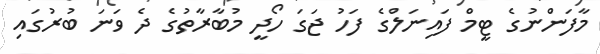
މާފަންނުގެ ޓީމް ފައިނަލްގެ ފަހު ޖަގަ ހޯދީ މުބާރާތުގެ ދެ ވަނަ ބުރުގައި